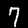
Digit: 7